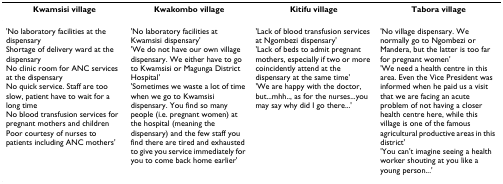
<table><thead><tr><td><b>Kwamsisi village</b></td><td><b>Kwakombo village</b></td><td><b>Kitifu village</b></td><td><b>Tabora village</b></td></tr></thead><tbody><tr><td>&#x27;No laboratory facilities at the dispensaryShortage of delivery ward at the dispensaryNo clinic room for ANC services at the dispensaryNo quick service. Staff are too slow, patient have to wait for a long timeNo blood transfusion services for pregnant mothers and childrenPoor courtesy of nurses to patients including ANC mothers&#x27;</td><td>&#x27;No laboratory facilities at Kwamsisi dispensary&#x27;&#x27;We do not have our own village dispensary. We either have to go to Kwamsisi or Magunga District Hospital&#x27;&#x27;Sometimes we waste a lot of time when we go to Kwamsisi dispensary. You find so many people (i.e. pregnant women) at the hospital (meaning the dispensary) and the few staff you find there are tired and exhausted to give you service immediately for you to come back home earlier&#x27;</td><td>&#x27;Lack of blood transfusion services at Ngombezi dispensary&#x27;&#x27;Lack of beds to admit pregnant mothers, especially if two or more coincidently attend at the dispensary at the same time&#x27;&#x27;We are happy with the doctor, but...mhh.., as for the nurses...you may say why did I go there...&#x27;</td><td>&#x27;No village dispensary. We normally go to Ngombezi or Mandera, but the latter is too far for pregnant women&#x27;&#x27;We need a health centre in this area. Even the Vice President was informed when he paid us a visit that we are facing an acute problem of not having a closer health centre here, while this village is one of the famous agricultural productive areas in this district&#x27;&#x27;You can&#x27;t imagine seeing a health worker shouting at you like a young person...&#x27;</td></tr></tbody></table>